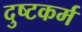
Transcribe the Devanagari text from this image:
दुष्टकर्म